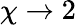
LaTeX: \chi\rightarrow 2